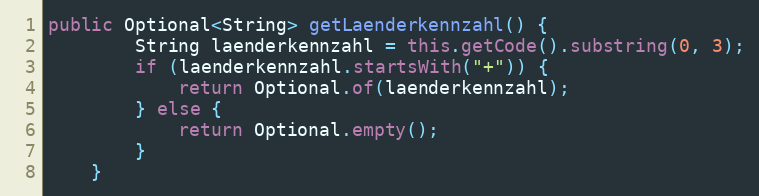
Language: Java
public Optional<String> getLaenderkennzahl() {
        String laenderkennzahl = this.getCode().substring(0, 3);
        if (laenderkennzahl.startsWith("+")) {
            return Optional.of(laenderkennzahl);
        } else {
            return Optional.empty();
        }
    }